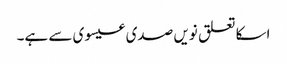
اسکا تعلق نویں صدی عیسوی سے ہے۔